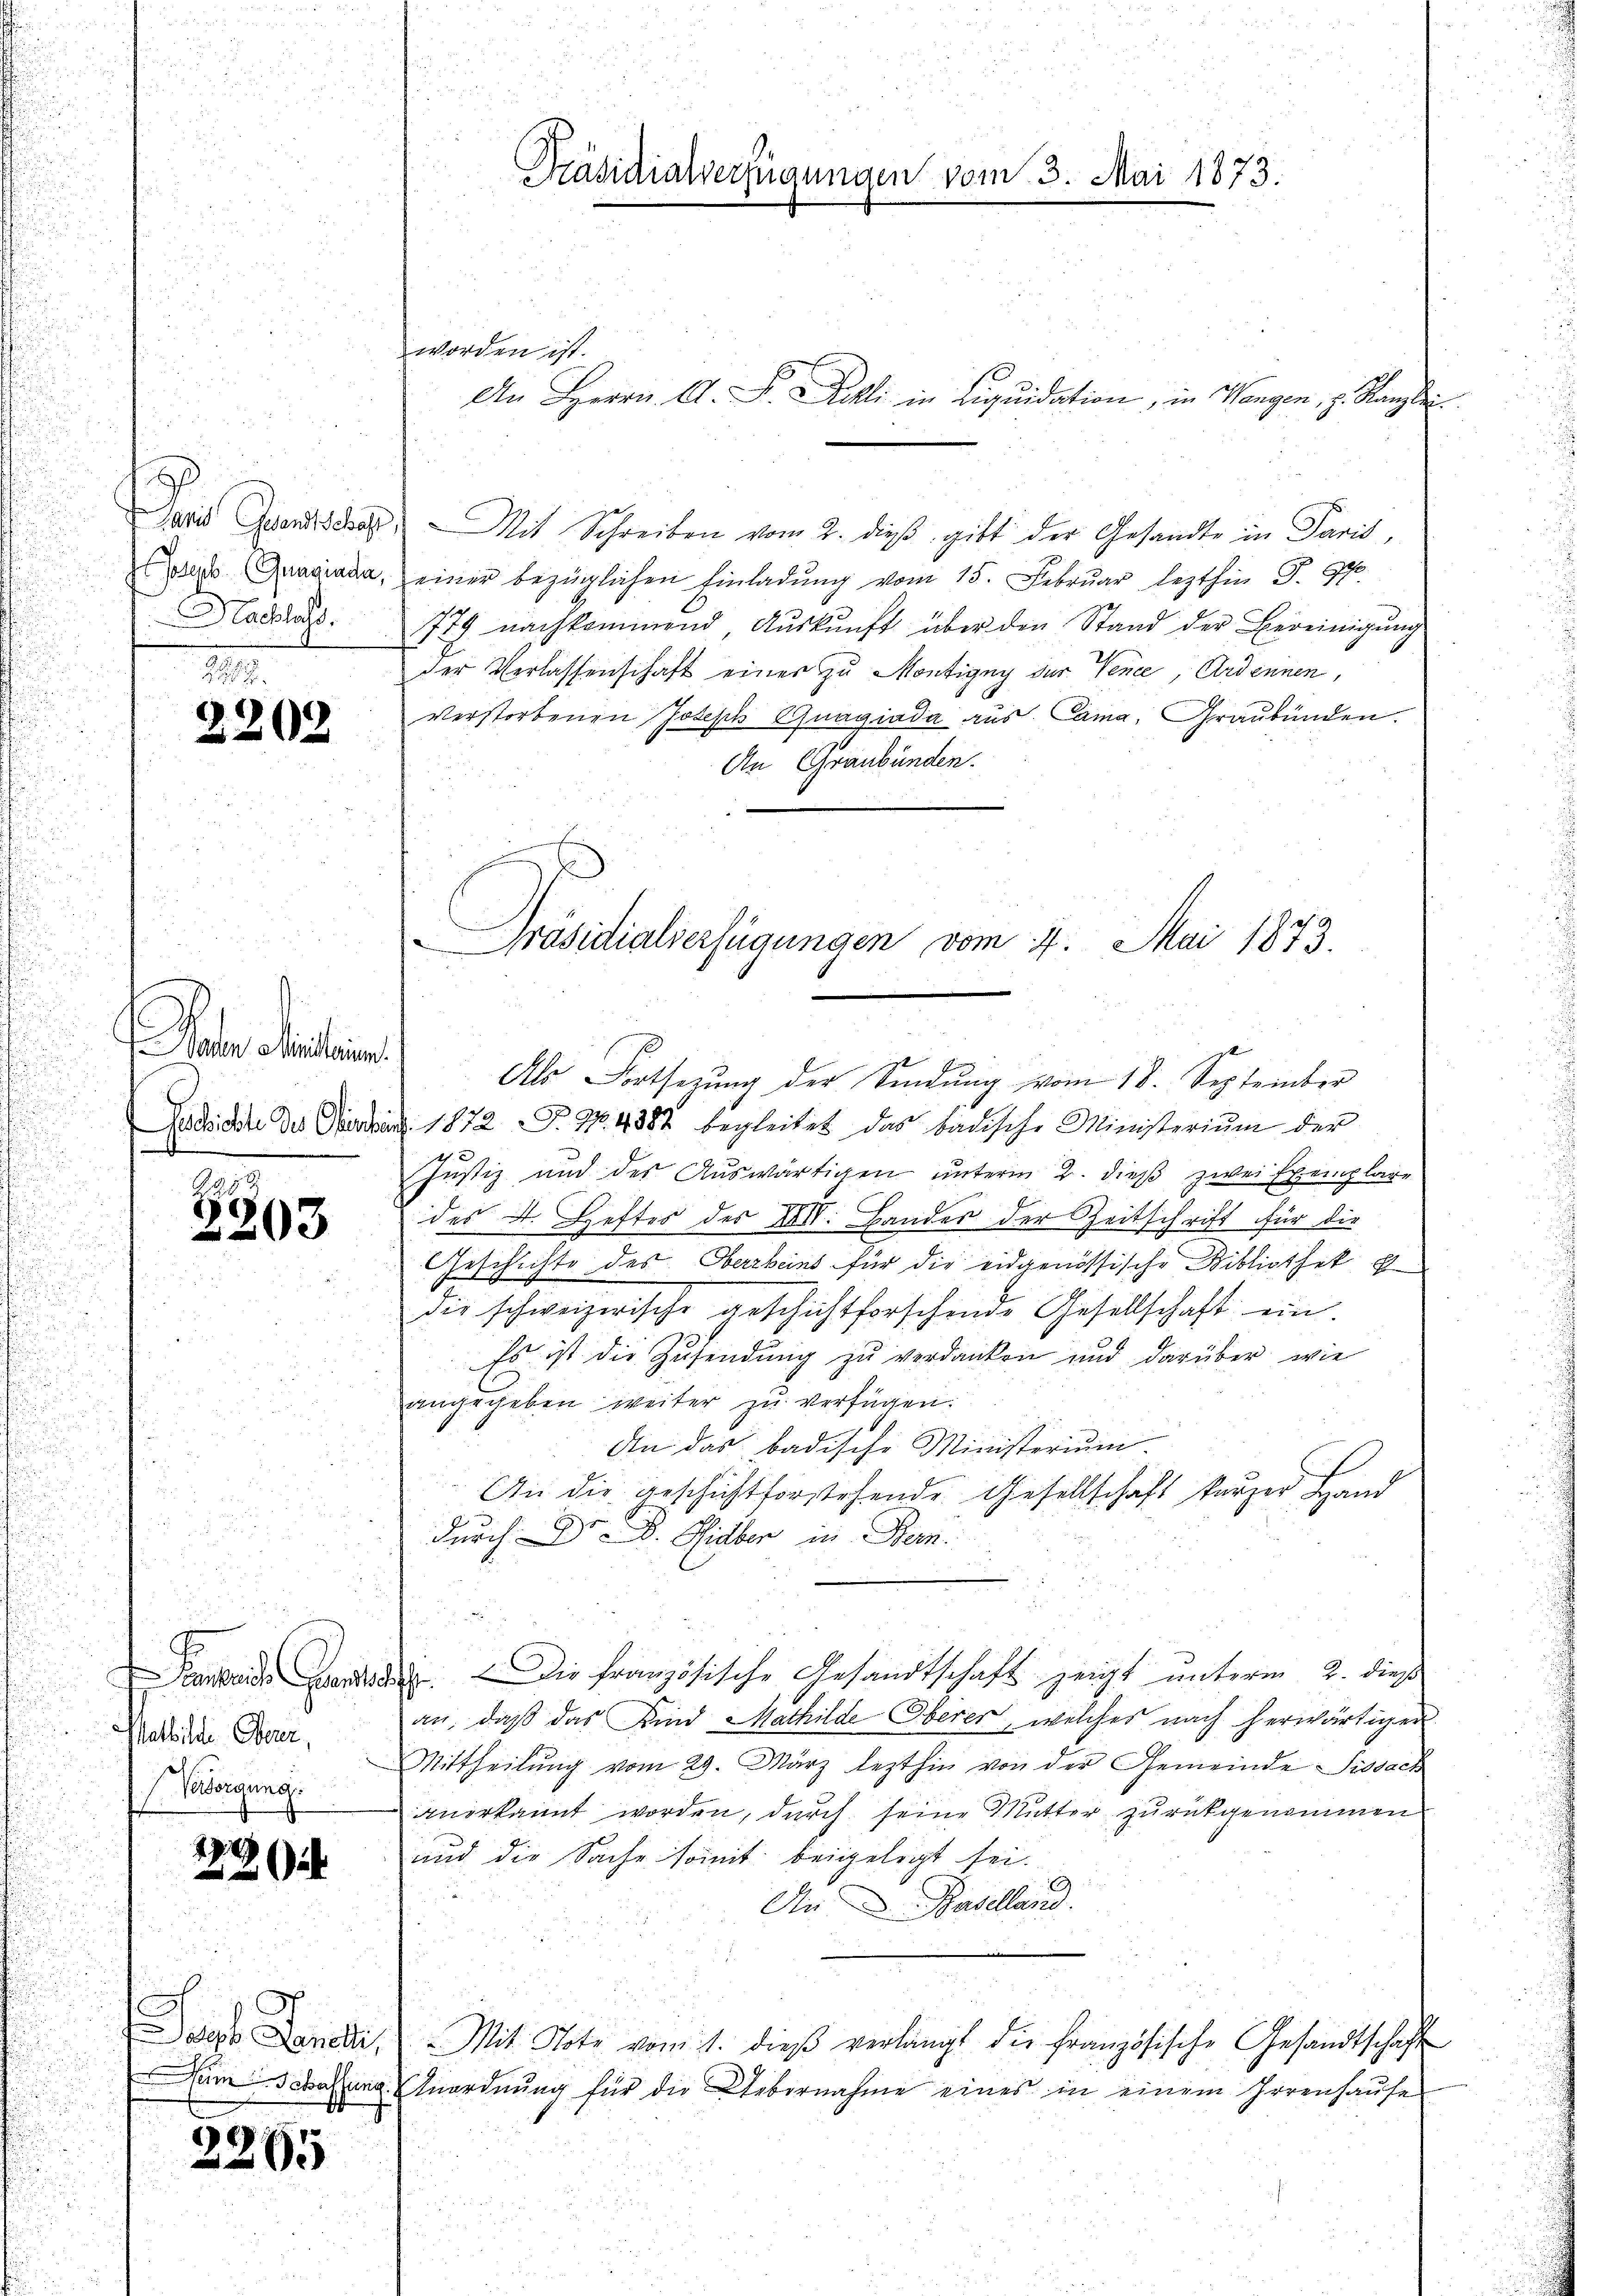
avit Gesandtschaft
J Joseph. (Guagiada,
Nachlass.

2203

Pater Section
Gschichte des Obrischen

289
2203

E
ankreiche Grandts
Vatbilde Obern,
Vesorgung.

.

a

oof. Gall
Dem Gehaltung
1
.

3265

Präsidialverfügungen vom 3.

worden ist.
Mit Schreiben vom 2. dieβ gibt der Gesandte in Paris,
einer bezüglichen Einladŭng vom 15. Febrŭar lezthin S. 97
779 nachkommend Auskunft über den Stand der Bereinigung
der Verlassenschaft einer zu Montigny der Vence, Ardonnen,
verstorbenen Joseph Quagiada aus. Cama, Graubünden.
An Graubünden.
1872 P. Nr. 1882 begleitet das badische Ministerium der
Justiz und des Auswärtigen unterm 2. dieß zwei Exemplare
des 4. Heftes des XXIV. Landes der Zeitschrift für die
Geschichte des Oberbeins für die eidgenössische Bibliothek g
die schweizerische geschichtforschende Gesellschaft ein
Es ist die Zusendung zu verdanken und darüber wie
angegeben weiter zu verfügen.
die das badische Ministerium
An die geschichtforstehende Gesellschaft kurzer Hand
durch Dr. D. Hieber in Bern.
. Die französische Gesandtschaft zeigt unterm 2. dieß
an, daß das Kind Mathilde Oberer, welches nach herwärtiger
Mittheilŭng vom 29. März lezthin von der Gemeinde-Sissach
anerkannt worden, durch seine Mutter zurückgenommen
und die Sache somit beigelegt sei.
An Baselland.
Mit Note vom 1. dieß verlangt die französische Gesandtschaft
Anordnung für die Uebernahme eines in einem Irrenhause

Präsidialverfügungen vom 7. Mai 1873.

An Herrn Ali in Liquidation, in Wangen, z. Kanzlei

Als Fortsezung der Sindŭng vom 18. September

Mai 1873.